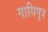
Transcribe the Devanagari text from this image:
गाधिपुत्र